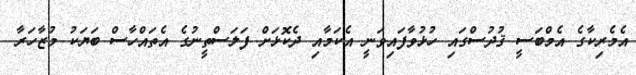
އެމެރިކާގެ އެމްބަސީ ޤުދުސްގައި ހުޅުވާފައިވަނީ އެކަމާއި ދެކޮޅަށް ފަލަސްތީނުގެ އެތައްހާސް ބަޔަކު މުޒާހަރާ